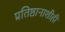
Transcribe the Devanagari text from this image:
प्रतिष्ठानाशीही